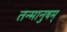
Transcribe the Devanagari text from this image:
तन्मानुषम्